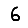
Digit: 6